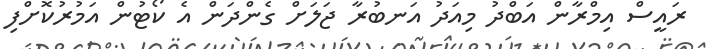
ރައީސް އިމްރާން އަބްދު މިއަދު އަނބުރާ ޖަލަށް ގެންދަން އެ ކޯޓުން އަމުރުކޮށްފި